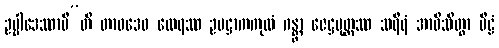
ဥပ္ပါဒေဿာမီ”တိ တာဝဒေဝ ထေရဿ ဥပဋ္ဌာကကုလံ ဂန္တွာ ဇေဋ္ဌပုတ္တဿ သရီရံ အာဝိသိတွာ ပီဠံ